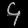
Digit: ၄